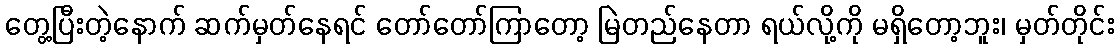
တွေ့ပြီးတဲ့နောက် ဆက်မှတ်နေရင် တော်တော်ကြာတော့ မြဲတည်နေတာ ရယ်လို့ကို မရှိတော့ဘူး၊ မှတ်တိုင်း